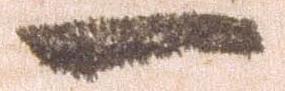
一